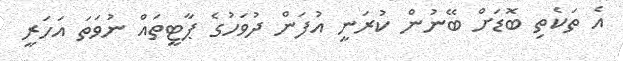
އެ ތަކެތި ބޮޑަށް ބޭނުން ކުރަނީ އުފަން ދުވަހުގެ ޕާޓީތައް ނުވަތަ އަހަރީ